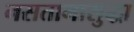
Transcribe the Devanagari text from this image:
नसतानासुद्धा